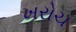
ખરોચ